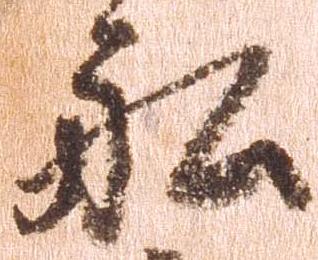
船